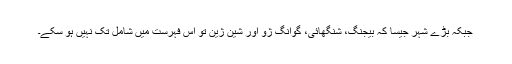
جبکہ بڑے شہر جیسا کہ بیجنگ، شنگھائی، گوانگ ژو اور شین ژین تو اس فہرست میں شامل تک نہیں ہو سکے۔